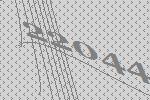
22044